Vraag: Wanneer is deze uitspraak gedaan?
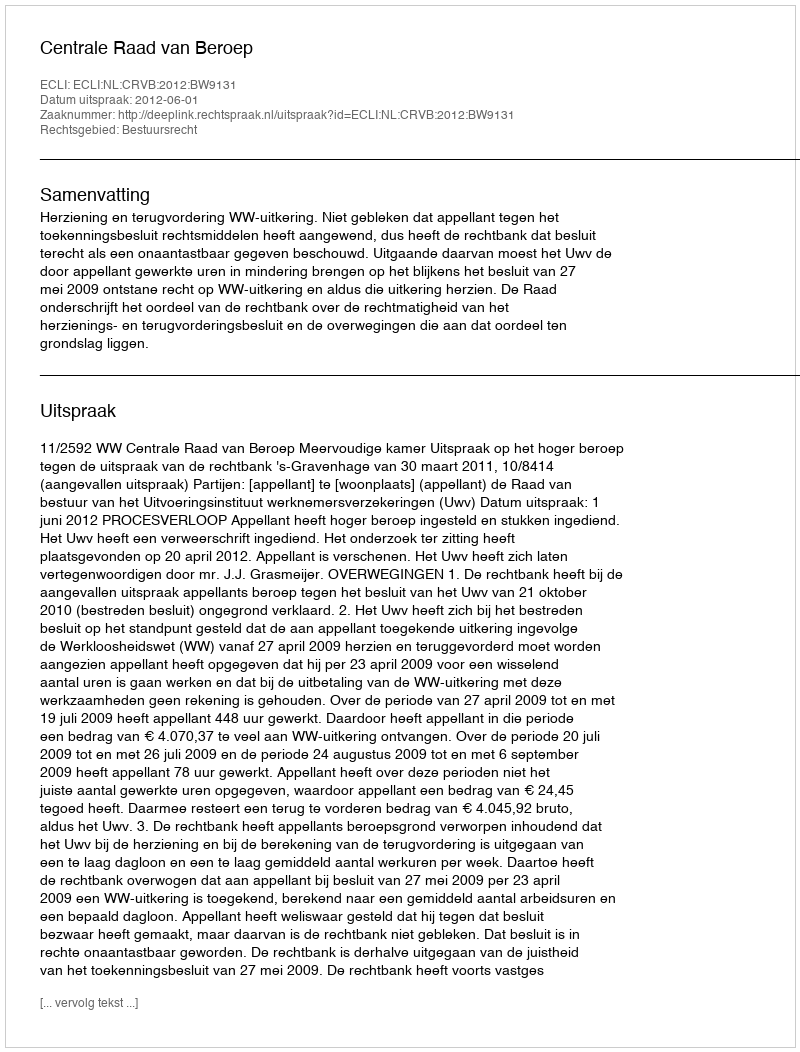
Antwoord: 2012-06-01